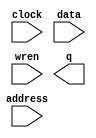
module dmem (
	address,
	clock,
	data,
	wren,
	q);

	input	[11:0]  address;
	input	  clock;
	input	[31:0]  data;
	input	  wren;
	output	[31:0]  q;
`ifndef ALTERA_RESERVED_QIS
// synopsys translate_off
`endif
	tri1	  clock;
`ifndef ALTERA_RESERVED_QIS
// synopsys translate_on
`endif

endmodule